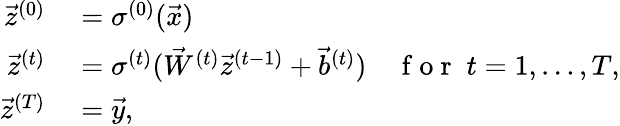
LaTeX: \begin{array}{rl}{\vec{z}^{(0)}}&{{}=\sigma^{(0)}(\vec{x})}\\ {\vec{z}^{(t)}}&{{}=\sigma^{(t)}(\vec{W}^{(t)}\vec{z}^{(t-1)}+\vec{b}^{(t)})\quad\mathrm{~f~o~r~}\; t=1,\dots,T,}\\ {\vec{z}^{(T)}}&{{}=\vec{y},}\end{array}